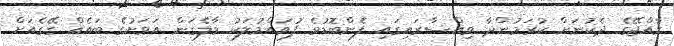
ރާއްޖޭގެ ދެކުނަށް ކުރަމުންދާ ވިއްސާރައިގައި ފެންބޮޑުވެ ފުވައްމުލަކު މާލެގަން އަވަށުގެ ބައެއް ގޭގެއަށް